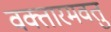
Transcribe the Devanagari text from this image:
वक्तारमवतु